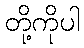
တို့ကိုပါ